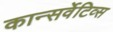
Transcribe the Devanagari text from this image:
कान्सर्वेटिव्स